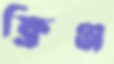
ফ্রিঞ্জ